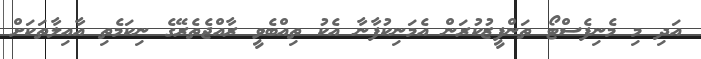
އަދި މި މެނިފެސްޓޯ ތަންފީޒުކުރަން އެމަނިކުފާނާ އެކު ތިއްބެވީ ރާއްޖެތެރޭގެ ނިކަމެތި އާއިލާތަކަށް